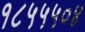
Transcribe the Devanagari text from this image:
१८५५५०४